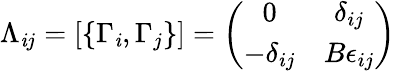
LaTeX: \Lambda_{\mathit{i}j}=\left[\{ \Gamma_{\mathit{i}},\Gamma_{j}\} \right]=\left(\begin{array}{cc}{{0}}&{{\delta_{ij}}}\\ {{-\delta_{ij}}}&{{B\epsilon_{ij}}}\end{array}\right)